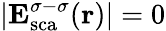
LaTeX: |{\mathbf E}_{\mathrm{{sca}}}^{\sigma-\sigma}({\mathbf r})|=0